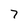
Character: 7